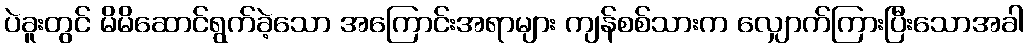
ပဲခူးတွင် မိမိဆောင်ရွက်ခဲ့သော အကြောင်းအရာများ ကျန်စစ်သားက လျှောက်ကြားပြီးသောအခါ